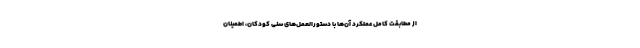
از مطابقت کامل عملکرد آن‌ها با دستورالعمل‌های سنی کودکان، اطمینان